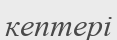
кептері